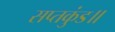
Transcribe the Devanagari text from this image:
सप्तकुंड॥